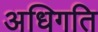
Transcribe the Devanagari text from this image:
अधिगति